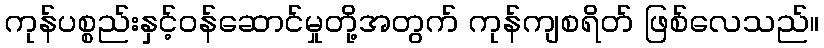
ကုန်ပစ္စည်းနှင့်ဝန်ဆောင်မှုတို့အတွက် ကုန်ကျစရိတ် ဖြစ်လေသည်။